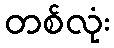
တစ်လုံး